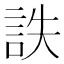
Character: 詄